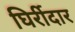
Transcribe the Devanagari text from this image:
घिर्रीदार